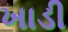
ખાડી